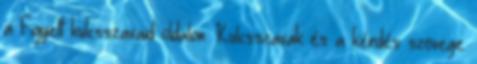
a Figyelt kulcsszavaid oldalon. Kulcsszavak és a kérdés szövege